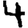
Digit: 4